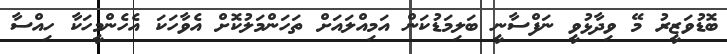
ބޮޑުވަޒީރު މޭ ވިދާޅުވީ ނަފްސާނީ ބަލިމަޑުކަން އަމިއްލައަށް ތަހަންމަލުކޮށް އެވާާހަކަ އެހެންމީހަކާ ހިއްސާާ